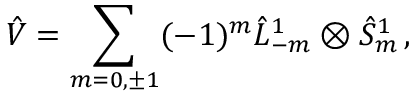
\hat { V } = \sum _ { m = 0 , \pm 1 } ( - 1 ) ^ { m } \hat { L } _ { - m } ^ { 1 } \otimes \hat { S } _ { m } ^ { 1 } \, ,